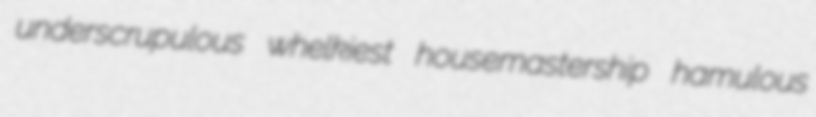
underscrupulous whelkiest housemastership hamulous